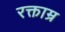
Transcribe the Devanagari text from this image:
रक्ताम्र